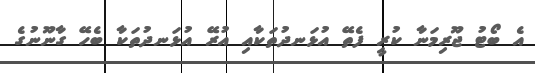
އެ ބޯޓު ޖޫރިމަނާ ކުރީ ފެތޭ އުޅަނދުތަކާއި އުރޭ އުޅަނދުތަކާ ބެހޭ ގާނޫނުގެ